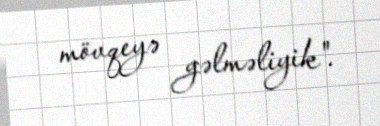
mövqeyə gəlməliyik".